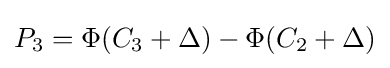
P_{\text{3}}=\Phi (C_{\text{3}}+\Delta )-\Phi (C_{\text{2}}+\Delta )